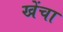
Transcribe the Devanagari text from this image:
खेंचा